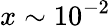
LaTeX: x\sim 10^{-2}